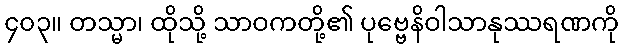
၄၀၃။ တသ္မာ၊ ထိုသို့ သာဝကတို့၏ ပုဗ္ဗေနိဝါသာနုဿရဏကို